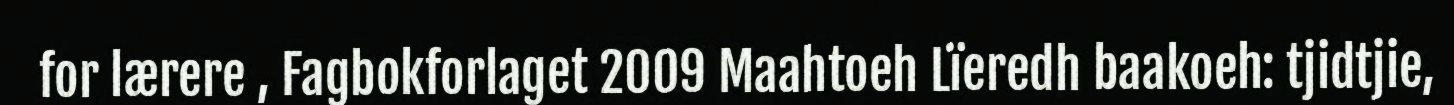
for lærere , Fagbokforlaget 2009 Maahtoeh Lïeredh baakoeh: tjidtjie,